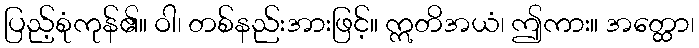
ပြည့်စုံကုန်၏။ ဝါ၊ တစ်နည်းအားဖြင့်။ ဣတိအယံ၊ ဤကား။ အတ္ထော၊